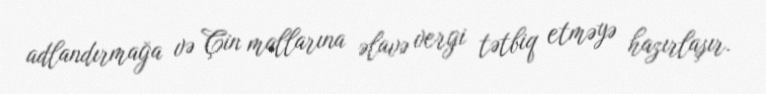
adlandırmağa və Çin mallarına əlavə vergi tətbiq etməyə hazırlaşır.